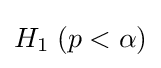
H_{1}\;(p<\alpha )